Indian journal of veterinary science and animal husbandry - Volumes 22-23, 1952-1953
Year: 1952
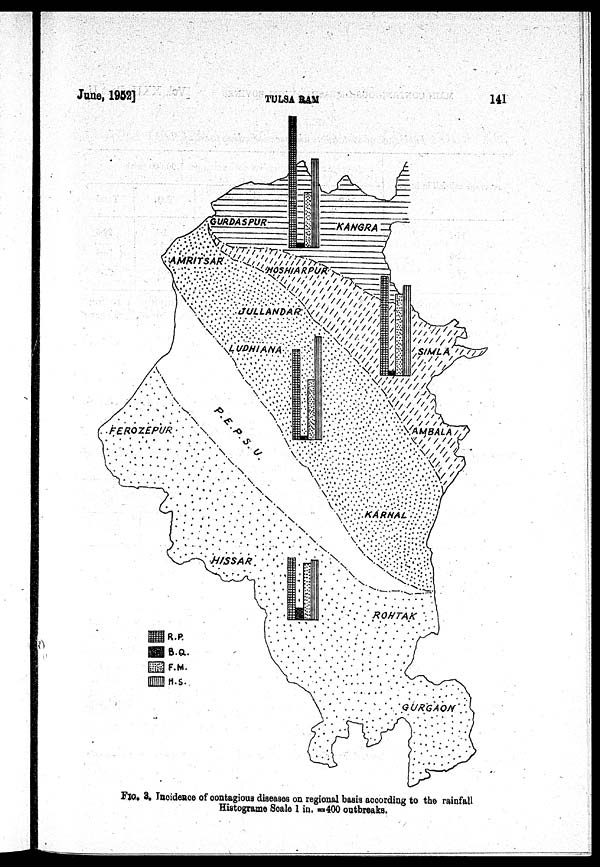
June, 1952]
TULSA
RAM
141
FIG. 3. Incidence of contagious diseases on regional basis according to the rainfall
Histograme Scale 1 in. =400 outbreaks.